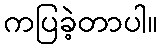
ကပြခဲ့တာပါ။